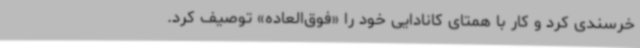
خرسندی کرد و کار با همتای کانادایی خود را «فوق‌العاده» توصیف کرد.